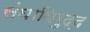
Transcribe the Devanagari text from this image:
संघाविरुद्द